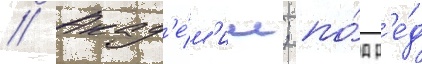
// Акад'е́м'ии; по́д р'е́д